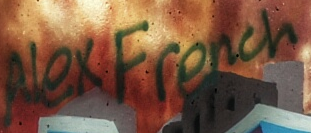
AlexFrench